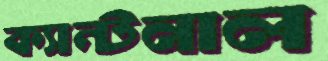
ক্যান্টনাল